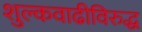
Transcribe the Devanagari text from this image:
शुल्कवाढीविरुद्ध